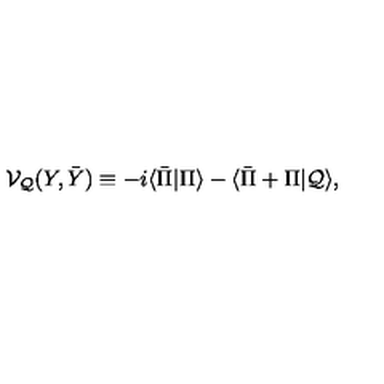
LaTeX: { \cal V } _ { \cal Q } ( Y , \bar { Y } ) \equiv - i \langle \bar { \Pi } | \Pi \rangle - \langle \bar { \Pi } + \Pi | { \cal Q } \rangle ,